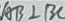
A B \bot B C